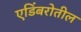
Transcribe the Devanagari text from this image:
एडिंबरोतील